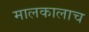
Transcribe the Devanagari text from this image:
मालकालाच